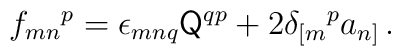
f_{mn}{}^{p}= \epsilon_{mnq} \mathsf{Q}^{qp} +2\delta_{[m}{}^{p}a_{n]}\, .